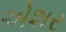
એશર